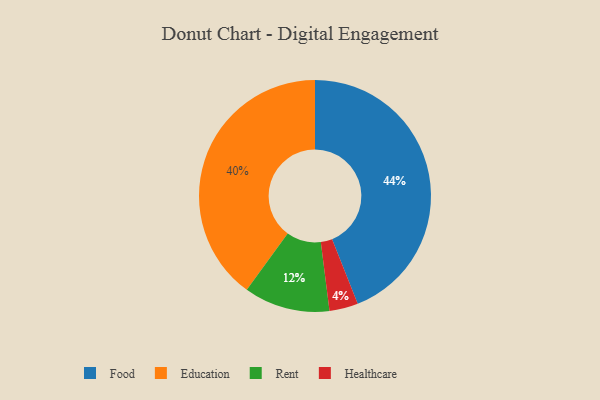
{"axis": {"x": "Category", "y": "Percentage"}, "legend": ["Education", "Food", "Healthcare", "Rent"], "data": [{"x": "Healthcare", "y": 4, "type": "Healthcare"}, {"x": "Rent", "y": 12, "type": "Rent"}, {"x": "Education", "y": 40, "type": "Education"}, {"x": "Food", "y": 44, "type": "Food"}]}